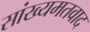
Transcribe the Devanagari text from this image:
सांख्यमतवाद